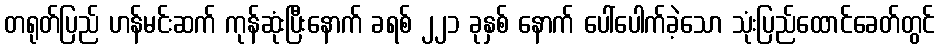
တရုတ်ပြည် ဟန်မင်းဆက် ကုန်ဆုံးပြီးနောက် ခရစ် ၂၂၁ ခုနှစ် နောက် ပေါ်ပေါက်ခဲ့သော သုံးပြည်ထောင်ခေတ်တွင်